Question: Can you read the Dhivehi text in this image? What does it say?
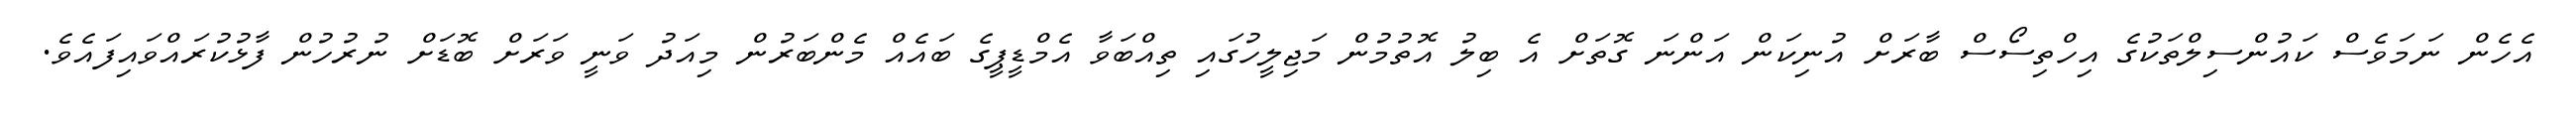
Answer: އެހެން ނަމަވެސް ކައުންސިލްތަކުގެ އިހްތިސޯސް ބާރަށް އުނިކަން އަންނަ ގޮތަށް އެ ބިލު އޮތުމުން މަޖިލީހުގައި ތިއްބަވާ އެމްޑީޕީގެ ބައެއް މެންބަރުން މިއަދު ވަނީ ވަރަށް ބޮޑަށް ނުރުހުން ފާޅުކުރައްވައިފައެވެ.